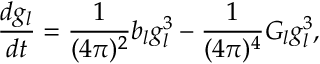
\frac { d g _ { l } } { d t } = \frac { 1 } { ( 4 \pi ) ^ { 2 } } b _ { l } g _ { l } ^ { 3 } - \frac { 1 } { ( 4 \pi ) ^ { 4 } } G _ { l } g _ { l } ^ { 3 } ,